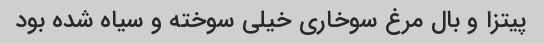
پیتزا و بال مرغ سوخاری خیلی سوخته و سیاه شده بود